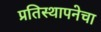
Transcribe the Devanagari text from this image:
प्रतिस्थापनेचा